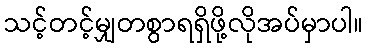
သင့်တင့်မျှတစွာရရှိဖို့လိုအပ်မှာပါ။